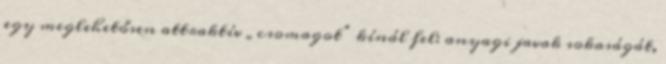
egy meglehetősen attraktív „csomagot” kínál fel: anyagi javak sokaságát,